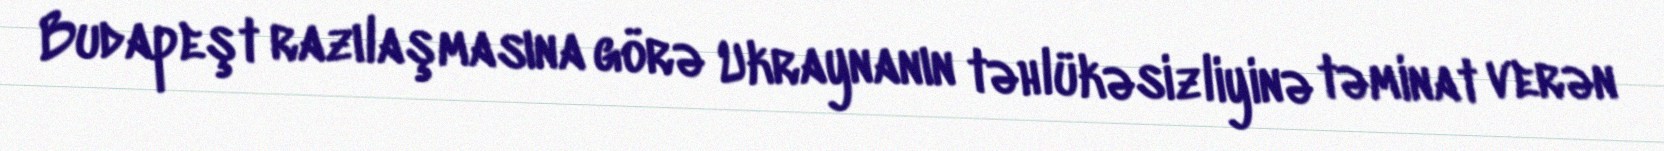
Budapeşt razılaşmasına görə Ukraynanın təhlükəsizliyinə təminat verən